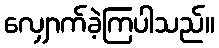
လျှောက်ခဲ့ကြပါသည်။